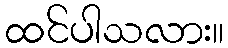
ထင်ပါသလား။